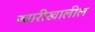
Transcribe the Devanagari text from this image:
ज्वारीखालील